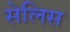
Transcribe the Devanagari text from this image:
सेलिस